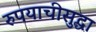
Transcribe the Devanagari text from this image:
रुपयाचीसुद्धा